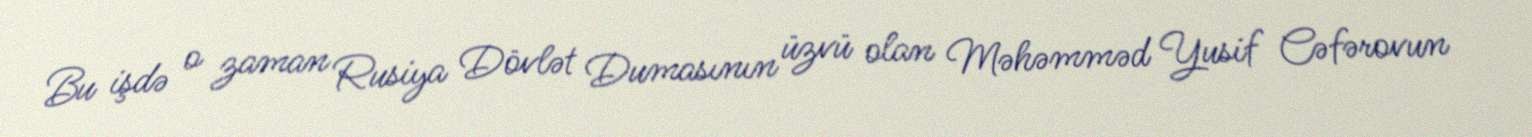
Bu işdə o zaman Rusiya Dövlət Dumasının üzvü olan Məhəmməd Yusif Cəfərovun